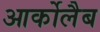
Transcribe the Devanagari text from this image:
आर्कोलैब